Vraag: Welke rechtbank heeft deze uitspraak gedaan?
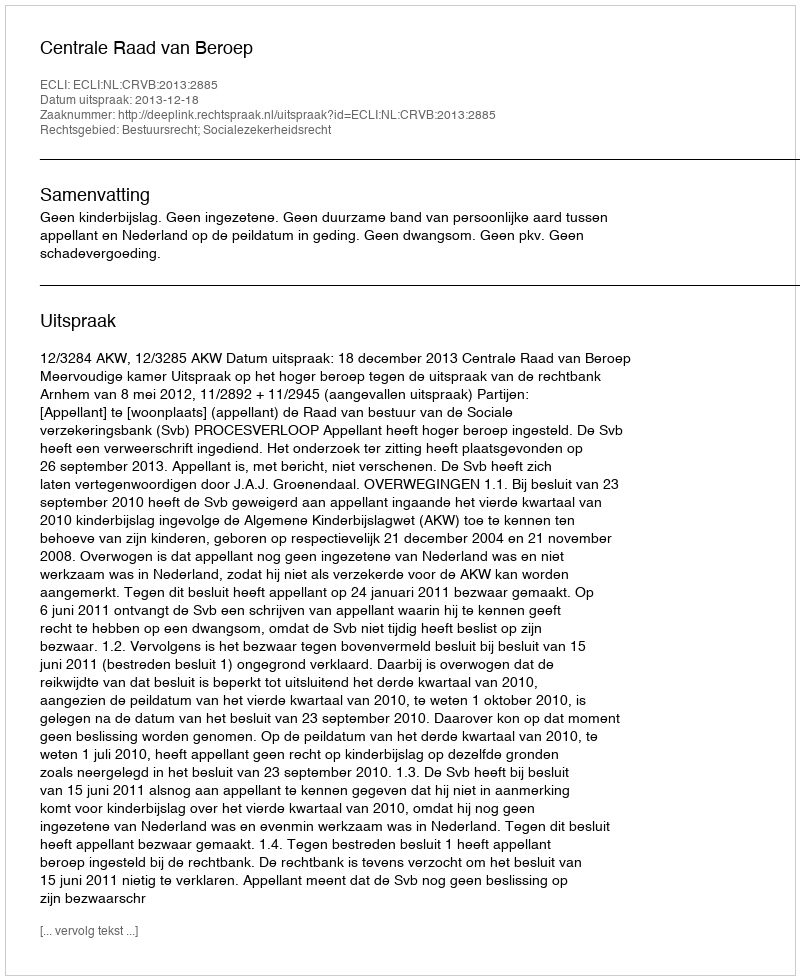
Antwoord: Centrale Raad van Beroep